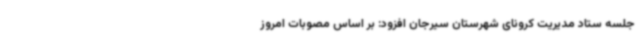
جلسه ستاد مدیریت کرونای شهرستان سیرجان افزود: بر اساس مصوبات امروز